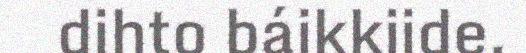
dihto báikkiide.